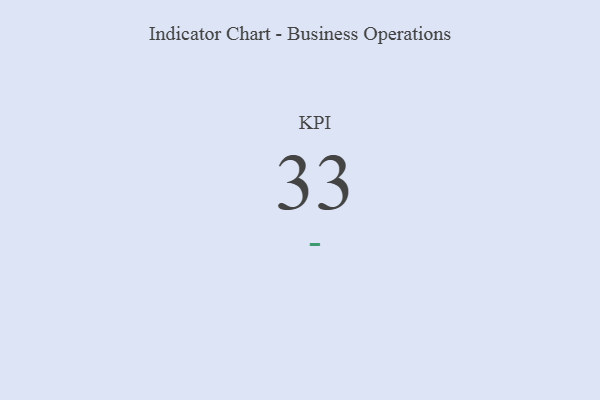
{"axis": {"x": "KPI", "y": "Value"}, "legend": [""], "data": [{"x": "KPI", "y": 33, "type": ""}]}